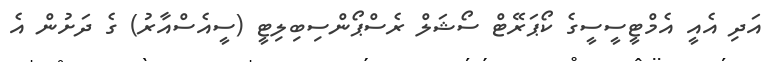
އަދި އެއީ އެމްޓީސީސީގެ ކޯޕަރޭޓް ސޯޝަލް ރެސްޕޯންސިބިލިޓީ (ސީއެސްއާރު) ގެ ދަށުން އެ